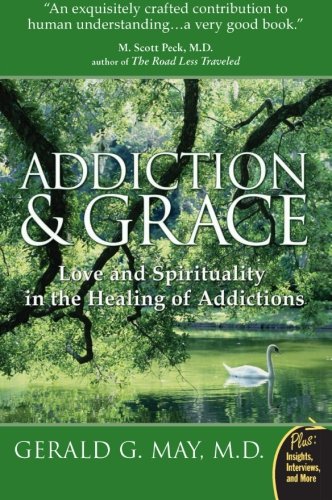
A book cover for Addiction and Grace: Love and Spirituality in the Healing of Addictions; Gerald G. May; Health, Fitness & Dieting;